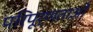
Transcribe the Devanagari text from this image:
परिपूर्णताओं